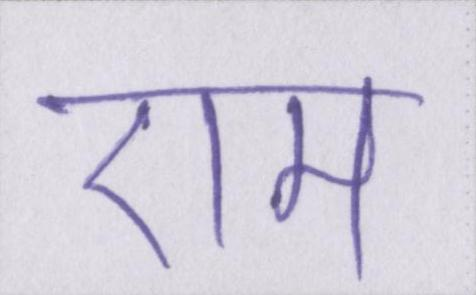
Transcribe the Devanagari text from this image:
एम